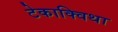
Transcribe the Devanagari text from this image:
टेकाक्विथा